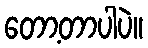
တော့တာပါပဲ။